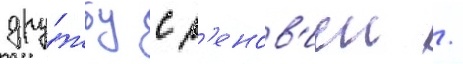
дру́жбу с з'енов'иеи /